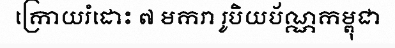
ក្រោយរំដោះ ៧ មករា រូបិយប័ណ្ណកម្ពុជា